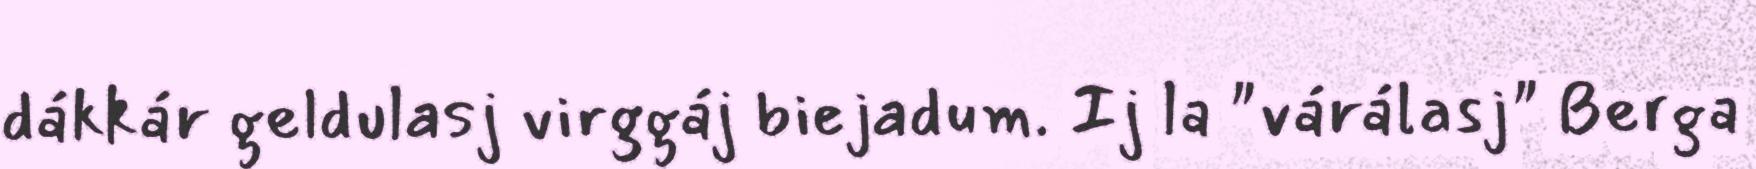
dákkár geldulasj virggáj biejadum. Ij la "várálasj" Berga